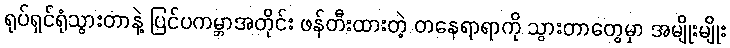
ရုပ်ရှင်ရုံသွားတာနဲ့ ပြင်ပကမ္ဘာအတိုင်း ဖန်တီးထားတဲ့ တနေရာရာကို သွားတာတွေမှာ အမျိုးမျိုး